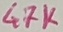
Text: 47K